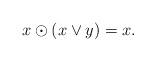
LaTeX: \begin{align*}x\odot(x\vee y)=x.\end{align*}